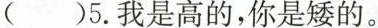
( )5.我是高的,你是矮的。